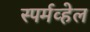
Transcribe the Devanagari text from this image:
स्पर्मव्हेल